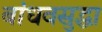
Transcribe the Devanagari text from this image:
बांधवसुद्धा